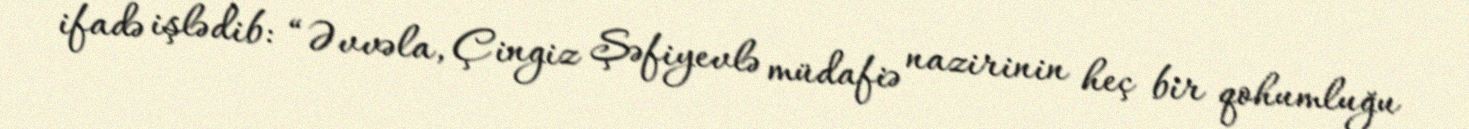
ifadə işlədib: “Əvvəla, Çingiz Şəfiyevlə müdafiə nazirinin heç bir qohumluğu